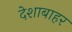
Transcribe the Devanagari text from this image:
देशाबाहर